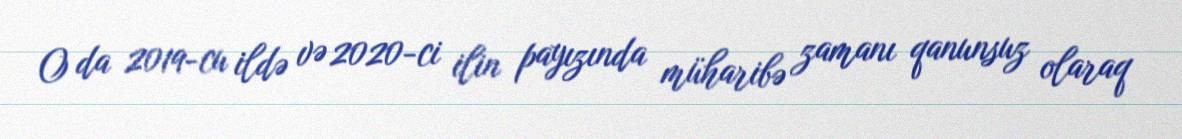
O da 2019-cu ildə və 2020-ci ilin payızında müharibə zamanı qanunsuz olaraq